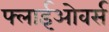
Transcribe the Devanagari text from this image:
फ्लाईओवर्स